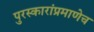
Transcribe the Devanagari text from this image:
पुरस्कारांप्रमाणेच